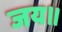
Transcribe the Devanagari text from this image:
जय॥